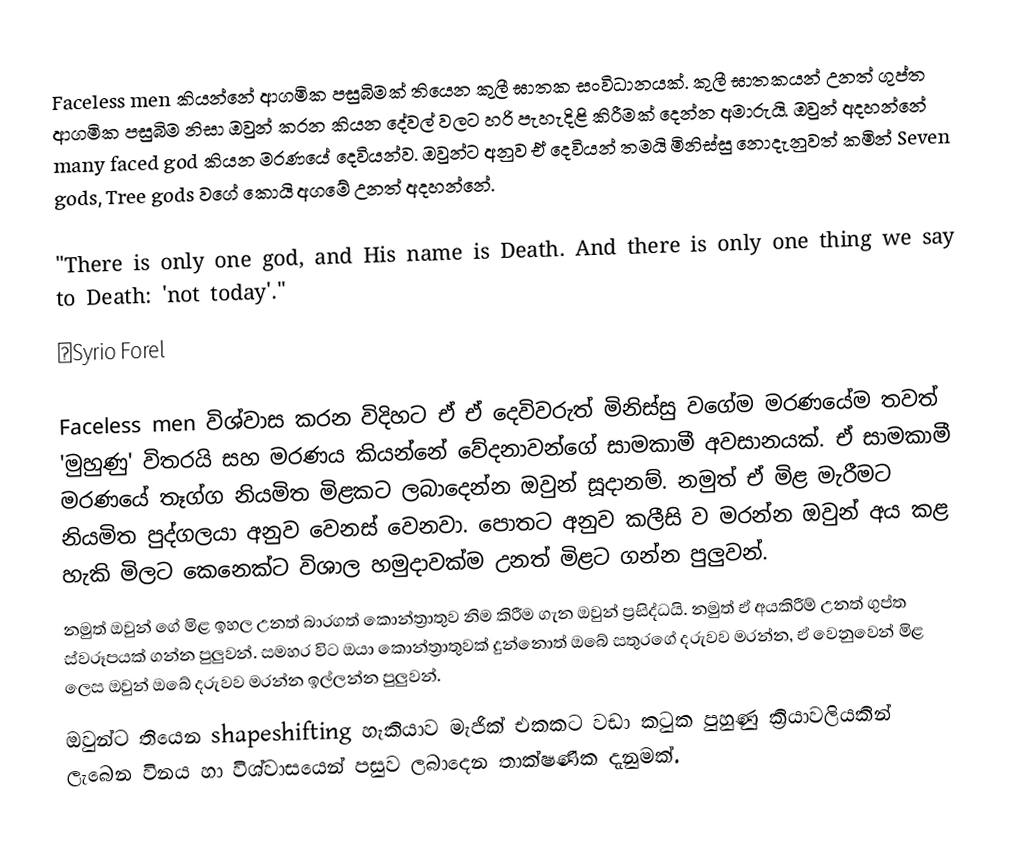
Faceless men කියන්නේ ආගමික පසුබිමක් තියෙන කුලී ඝාතක සංවිධානයක්. කුලී ඝාතකයන් උනත් ගුප්ත ආගමික පසුබිම නිසා ඔවුන් කරන කියන දේවල් වලට හරි පැහැදිළි කිරීමක් දෙන්න අමාරුයි.  ඔවුන් අදහන්නේ many faced god කියන මරණයේ දෙවියන්ව. ඔවුන්ට අනුව ඒ දෙවියන් තමයි මිනිස්සු නොදැනුවත් කමින් Seven gods, Tree gods වගේ කොයි අගමේ උනත් අදහන්නේ.

 "There is only one god, and His name is Death. And there is only one thing we say to Death: 'not today'."
―Syrio Forel

Faceless men විශ්වාස කරන විදිහට ඒ ඒ දෙවිවරුත් මිනිස්සු වගේම මරණයේම තවත් 'මුහුණු' විතරයි සහ මරණය කියන්නේ වේදනාවන්ගේ සාමකාමී අවසානයක්. ඒ සාමකාමී මරණයේ තෑග්ග නියමිත මිළකට ලබාදෙන්න ඔවුන් සූදානම්. නමුත් ඒ මිළ මැරීමට නියමිත පුද්ගලයා අනුව වෙනස් වෙනවා. පොතට අනුව කලීසි ව මරන්න ඔවුන් අය කළ හැකි මිලට කෙනෙක්ට විශාල හමුදාවක්ම උනත් මිළට ගන්න පුලුවන්.
නමුත් ඔවුන් ගේ මිළ ඉහල උනත් බාරගත් කොන්ත්‍රාතුව නිම කිරීම ගැන ඔවුන් ප්‍රසිද්ධයි. නමුත් ඒ අයකිරීම් උනත් ගුප්ත ස්වරූපයක් ගන්න පුලුවන්. සමහර විට ඔයා කොන්ත්‍රාතුවක් දුන්නොත් ඔබේ සතුරගේ දරුවව මරන්න, ඒ වෙනුවෙන් මිළ ලෙස ඔවුන් ඔබේ දරුවව මරන්න ඉල්ලන්න පුලුවන්.
ඔවුන්ට තියෙන shapeshifting හැකියාව මැජික් එකකට වඩා කටුක පුහුණු ක්‍රියාවලියකින් ලැබෙන විනය හා විශ්වාසයෙන් පසුව ලබාදෙන තාක්ෂණික දැනුමක්.